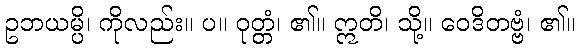
ဥဘယမ္ပိ၊ ကိုလည်း။ ပ။ ဝုတ္တံ၊ ၏။ ဣတိ၊ သို့။ ဝေဒိတဗ္ဗံ၊ ၏။